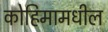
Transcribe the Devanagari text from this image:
कोहिमामधील